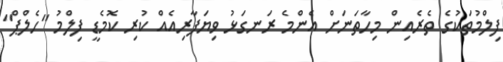
ފިލްމުތަކުގެ ތެރެއިން މިހާތަނަށް އެންމެ ރަނގަޅު ވިޔަފާރިއެއް ކުރި ކޮމެޑީ ފިލްމު "ހެލްޕް"